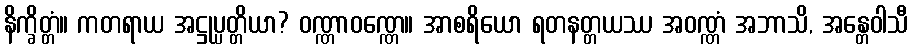
နိက္ခိတ္တံ။ ကတရာယ အဋ္ဌုပ္ပတ္တိယာ? ဝဏ္ဏာဝဏ္ဏေ။ အာစရိယော ရတနတ္တယဿ အဝဏ္ဏံ အဘာသိ, အန္တေဝါသီ